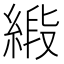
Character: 𦂰